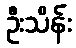
ဦးသိန်း